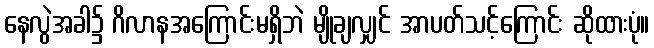
နေလွဲအခါ၌ ဂိလာနအကြောင်းမရှိဘဲ မျိုချလျှင် အာပတ်သင့်ကြောင်း ဆိုထားပုံ။